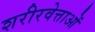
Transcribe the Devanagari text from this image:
शरीरवेत्ताओं